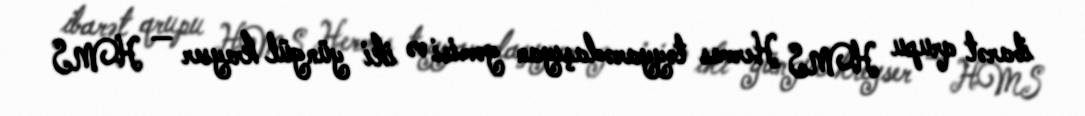
ibarət qrupu HMS Hermes təyyarədaşıyan gəmisi və iki yüngül kreyser — HMS